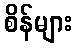
စိန်များ